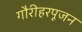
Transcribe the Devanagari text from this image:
गौरीहरपूजन